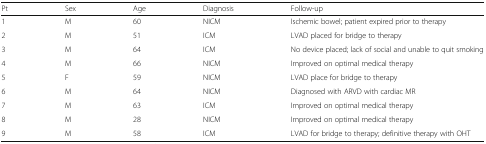
| Pt | Sex | Age | Diagnosis | Follow-up |
 | --- | --- | --- | --- | --- |
 | 1 | M | 60 | NICM | Ischemic bowel; patient expired prior to therapy |
 | 2 | M | 51 | ICM | LVAD placed for bridge to therapy |
 | 3 | M | 64 | ICM | No device placed; lack of social and unable to quit smoking |
 | 4 | M | 66 | NICM | Improved on optimal medical therapy |
 | 5 | F | 59 | NICM | LVAD place for bridge to therapy |
 | 6 | M | 64 | NICM | Diagnosed with ARVD with cardiac MR |
 | 7 | M | 63 | ICM | Improved on optimal medical therapy |
 | 8 | M | 28 | NICM | Improved on optimal medical therapy |
 | 9 | M | 58 | ICM | LVAD for bridge to therapy; definitive therapy with OHT |